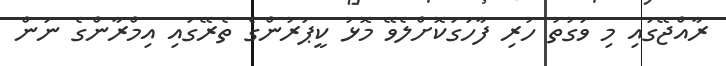
ރާއްޖޭގައި މި ވަގުތު ހުރި ފާހަގަކޮށްލެވޭ މޮޅު ކީޕަރުންގެ ތެރޭގައި އިމްރާންގެ ނަން